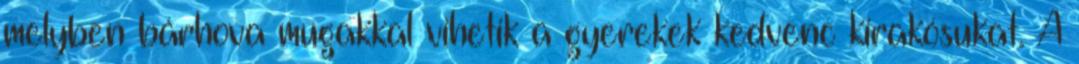
melyben bárhova mugakkal vihetik a gyerekek kedvenc kirakósukat. A